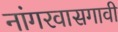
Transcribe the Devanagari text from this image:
नांगरवासगावी